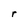
Character: r